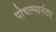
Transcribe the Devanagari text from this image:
पोचल्यानंतर